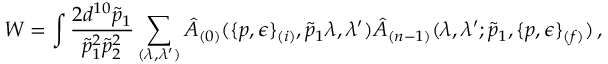
W = \int \frac { 2 d ^ { 1 0 } \tilde { p } _ { 1 } } { \tilde { p } _ { 1 } ^ { 2 } \tilde { p } _ { 2 } ^ { 2 } } \sum _ { ( \lambda , \lambda ^ { \prime } ) } \hat { A } _ { ( 0 ) } ( \{ p , \epsilon \} _ { ( i ) } , \tilde { p } _ { 1 } \lambda , \lambda ^ { \prime } ) \hat { A } _ { ( n - 1 ) } ( \lambda , \lambda ^ { \prime } ; \tilde { p } _ { 1 } , \{ p , \epsilon \} _ { ( f ) } ) \, ,